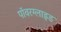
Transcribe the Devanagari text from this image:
पॉवरग्लाइड